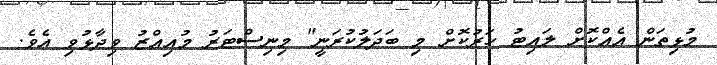
މުޅިތަން އެއްކޮށް ލައިޓު ހަރުކޮށް މި ބަދަލުކުރަނީ" މިނިސްޓަރު މުއިއްޒު ވިދާޅުވި އެވެ.